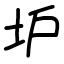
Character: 𡉴